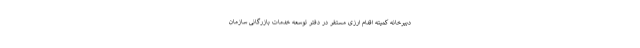
دبیرخانه کمیته اقدام ارزی مستقر در دفتر توسعه خدمات بازرگانی سازمان